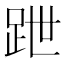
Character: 跇